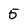
Character: 5